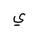
Letter: _ya